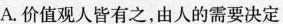
A.价值观人皆有之，由人的需要决定